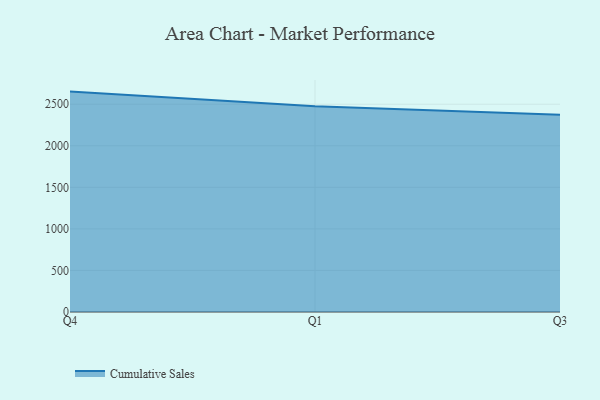
{"axis": {"x": "Quarter", "y": "Tickets Resolved"}, "legend": ["Cumulative Sales"], "data": [{"x": "Q4", "y": 2651.9, "type": "Cumulative Sales"}, {"x": "Q1", "y": 2475.4, "type": "Cumulative Sales"}, {"x": "Q3", "y": 2374.3, "type": "Cumulative Sales"}]}